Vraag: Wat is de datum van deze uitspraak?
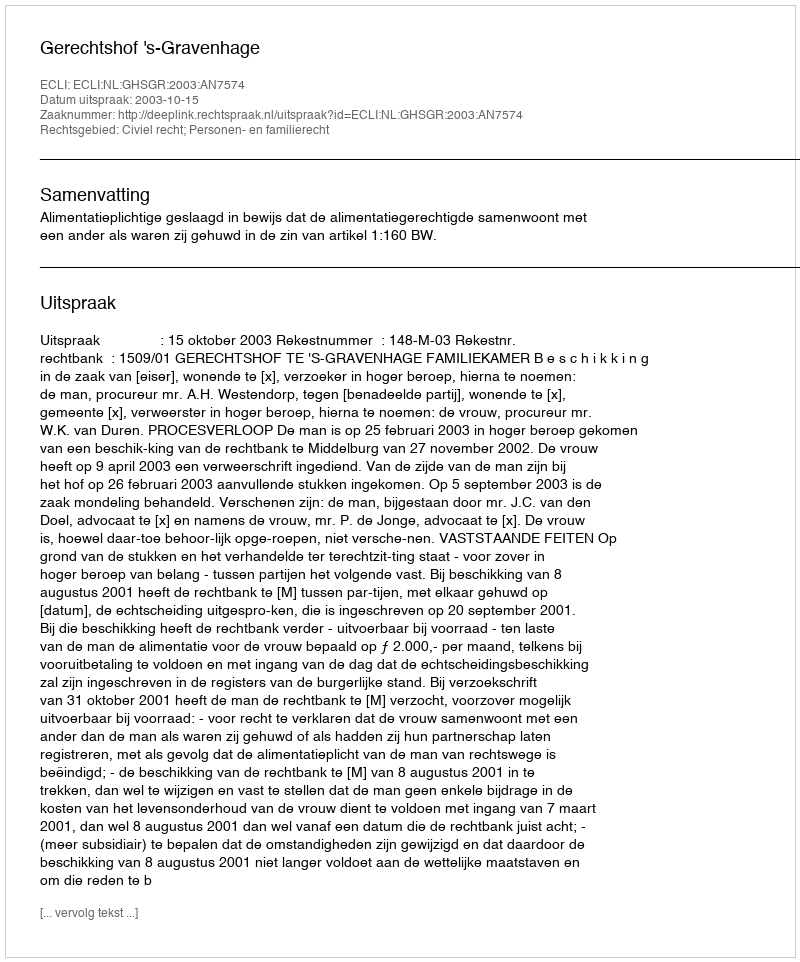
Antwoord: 2003-10-15